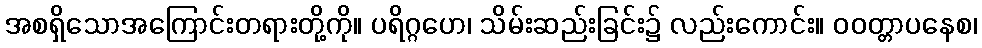
အစရှိသောအကြောင်းတရားတို့ကို။ ပရိဂ္ဂဟေ၊ သိမ်းဆည်းခြင်း၌ လည်းကောင်း။ ဝဝတ္တာပနေစ၊